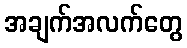
အချက်အလက်တွေ